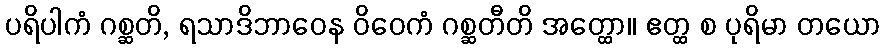
ပရိပါကံ ဂစ္ဆတိ, ရသာဒိဘာဝေန ဝိဝေကံ ဂစ္ဆတီတိ အတ္ထော။ ဧတ္ထ စ ပုရိမာ တယော